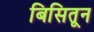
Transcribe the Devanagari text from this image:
बिसितून